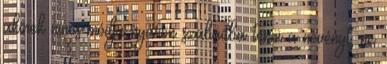
akinek nincs módja nyáron szabadba tenni a növényt, ne